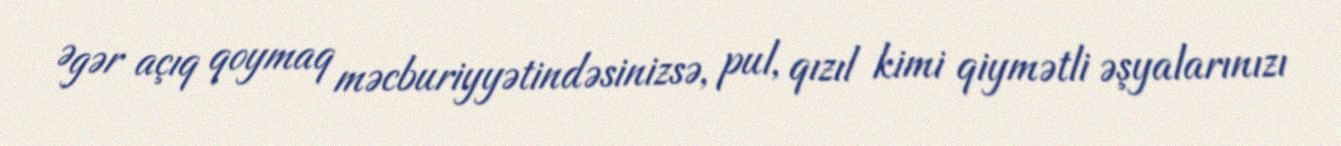
Əgər açıq qoymaq məcburiyyətindəsinizsə, pul, qızıl kimi qiymətli əşyalarınızı